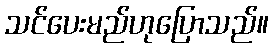
သင်ပေးမည်ဟုပြောသည်။